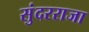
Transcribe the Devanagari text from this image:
सुंदरराजा